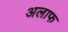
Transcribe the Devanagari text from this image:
अलाफ